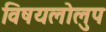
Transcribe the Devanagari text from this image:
विषयलोलुप